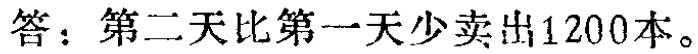
答：第二天比第一天少卖出1200本。